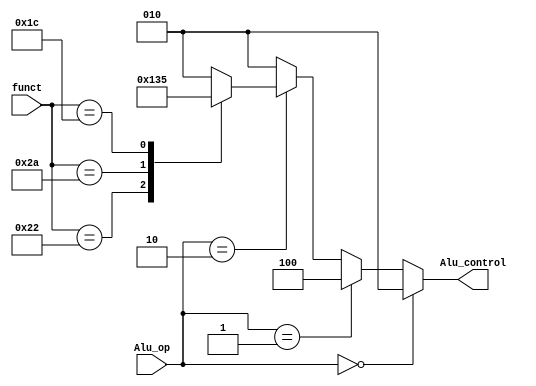
module Alu_decoder(
    input [5:0] funct,
    input [1:0] Alu_op,
    output reg [2:0]  Alu_control
);
    always@(*) begin
        if(Alu_op == 0 )
            Alu_control = 3'b010; //add
        else if(Alu_op == 1)
            Alu_control = 3'b100; //sub
        else if(Alu_op == 2)
        begin
            case(funct)
                6'b100000: Alu_control = 3'b010; //add
                6'b100010: Alu_control = 3'b100; //sub
                6'b101010: Alu_control = 3'b110; //and
                6'b011100: Alu_control = 3'b101; //slt
                default: Alu_control = 3'b010;
            endcase
        end
        else
            Alu_control = 3'b010;
    end
endmodule